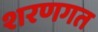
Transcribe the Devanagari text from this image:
शरणगत